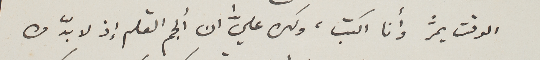
الوقت يمرُّ وأنا اكتب، ولكن عليَّ ان ألجم القلم إذ لا بدّ من